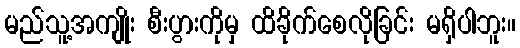
မည်သူ့အကျိုး စီးပွားကိုမှ ထိခိုက်စေလိုခြင်း မရှိပါဘူး။